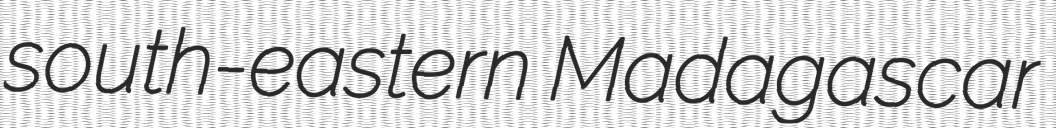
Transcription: south-eastern Madagascar